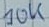
Text: 10K